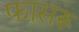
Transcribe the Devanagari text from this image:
फासरू